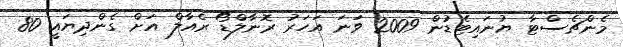
މެންޗެސްޓާ ޔުނައިޓެޑުން 2009 ވަނަ އަހަރު ރޮނާލްޑޯ ރެއާލް އަށް ގެންދިޔައީ 80